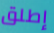
إطلق